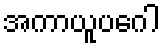
အကာယူပဂေါ